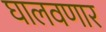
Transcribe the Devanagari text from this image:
घालवणार